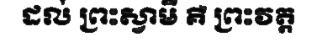
ដល់ ព្រះស្វាមី គឺ ព្រះវត្ត